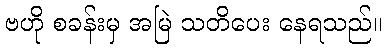
ဗဟို စခန်းမှ အမြဲ သတိပေး နေရသည်။